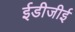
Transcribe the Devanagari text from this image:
ईडीजीई